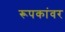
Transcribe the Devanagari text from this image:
रूपकांवर